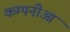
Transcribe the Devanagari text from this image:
कम्पनीआं